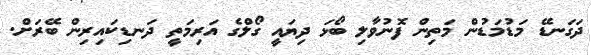
ދަގަނޑޭ މަޑުމަޑުން މަތިން ފޮނުވާލި ބޯޅަ ދިޔައީ ގޯލްގެ އަރިމަތީ ދަނޑިކައިރިން ބޭރަށް.